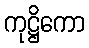
ကုဋ္ဌိကော